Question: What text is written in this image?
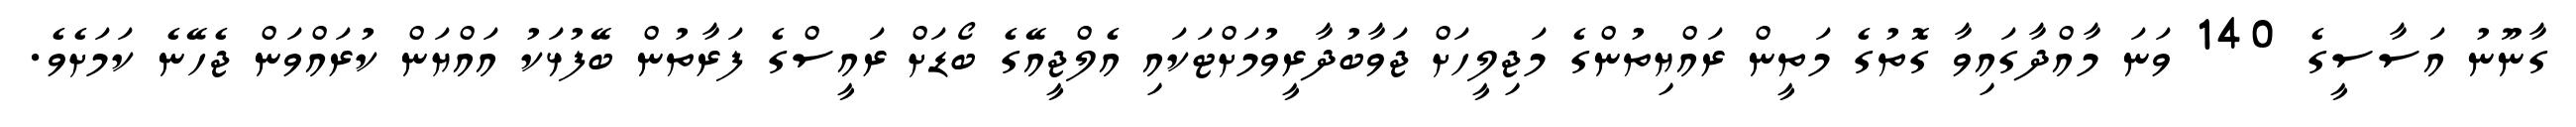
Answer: ގާނޫނު އަސާސީގެ 140 ވަނަ މާއްދާގައިވާ ގޮތުގެ މަތީން ރައްޔިތުންގެ މަޖިލީހަށް ޖަވާބުދާރީވުމަށްޓަކައި އެލްޖީއޭގެ ބޯޑަށް ރައީސްގެ ފަރާތުން ބޭފުޅަކު އައްޔަން ކުރައްވަން ޖެހޭނެ ކަމަށެވެ.